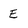
Character: E